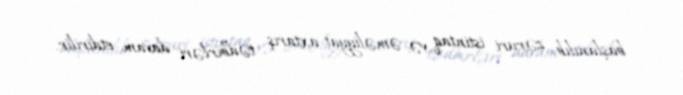
başlanılıb, zəruri istintaq və əməliyyat-axtarış tədbirləri davam etdirilir.